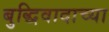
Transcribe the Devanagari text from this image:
बुद्धिवादाच्या